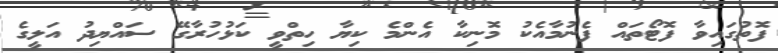
ފޮތުގައިވާ ފޮޓޯތައް ފެނުމާއެކު މޮނިކާ އެންމެ ކިޔާ ހިތްވީ ކަޅުހުރާގޭ ސައްޔިދު އަލީގެ